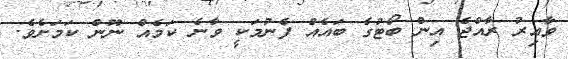
ވާއިރު ރާއްޖެ އިން ބޯޓުގެ ބައެއް ފެނުމަކީ ވާނެ ކަމެއް ނޫން ކަމަށެވެ.